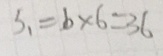
S _ { 1 } = 6 \times 6 = 3 6